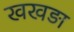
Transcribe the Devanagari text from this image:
खखड़ा